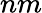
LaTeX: nm